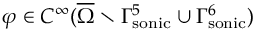
\varphi \in C ^ { \infty } ( \overline { { \Omega } } \setminus \Gamma _ { \mathrm { { s o n i c } } } ^ { 5 } \cup \Gamma _ { \mathrm { { s o n i c } } } ^ { 6 } )